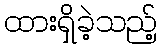
ထားရှိခဲ့သည့်